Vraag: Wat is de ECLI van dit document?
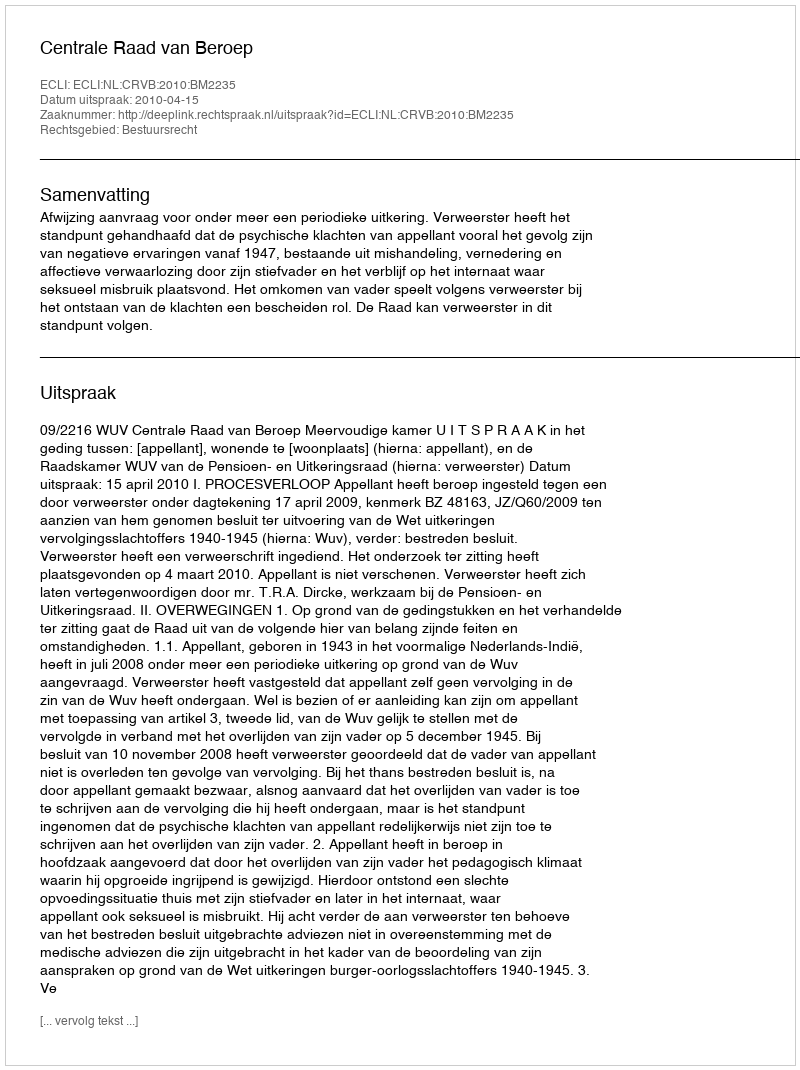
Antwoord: ECLI:NL:CRVB:2010:BM2235